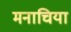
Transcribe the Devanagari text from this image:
मनाचिया